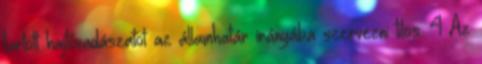
tartott hajtóvadászatot az államhatár irányába szervezni tilos. 4 Az